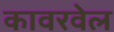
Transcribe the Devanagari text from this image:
कावरवेल